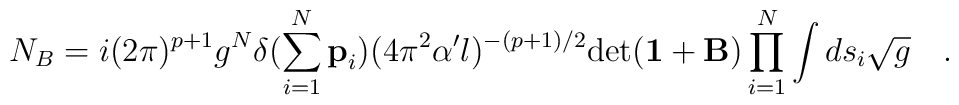
N_B = i (2\pi)^{p+1} g^N \delta ( \sum_{i=1}^{N} {\bf p}_i ) (4\pi^2 \alpha^{\prime} l )^{-(p+1)/2} {\rm det} ( {\bf 1} + {\bf B} ) \prod_{i=1}^N \int d s_i {\sqrt {g}} \quad .